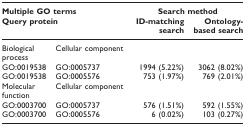
<table><thead><tr><td colspan="2"><b>Multiple GO terms</b></td><td colspan="2"><b>Search method</b></td></tr><tr><td colspan="2"><b>Query protein</b></td><td><b>ID-matching search</b></td><td><b>Ontology-based search</b></td></tr></thead><tbody><tr><td>Biological process</td><td>Cellular component</td><td></td><td></td></tr><tr><td>GO:0019538</td><td>GO:0005737</td><td>1994 (5.22%)</td><td>3062 (8.02%)</td></tr><tr><td>GO:0019538</td><td>GO:0005576</td><td>753 (1.97%)</td><td>769 (2.01%)</td></tr><tr><td>Molecular function</td><td>Cellular component</td><td></td><td></td></tr><tr><td>GO:0003700</td><td>GO:0005737</td><td>576 (1.51%)</td><td>592 (1.55%)</td></tr><tr><td>GO:0003700</td><td>GO:0005576</td><td>6 (0.02%)</td><td>103 (0.27%)</td></tr></tbody></table>